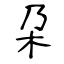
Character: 朶